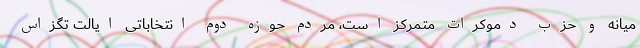
میانه و حزب دموکرات متمرکز است، مردم حوزه دوم انتخاباتی ایالت تگزاس